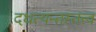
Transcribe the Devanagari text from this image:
दधत्यन्तस्तत्त्वं